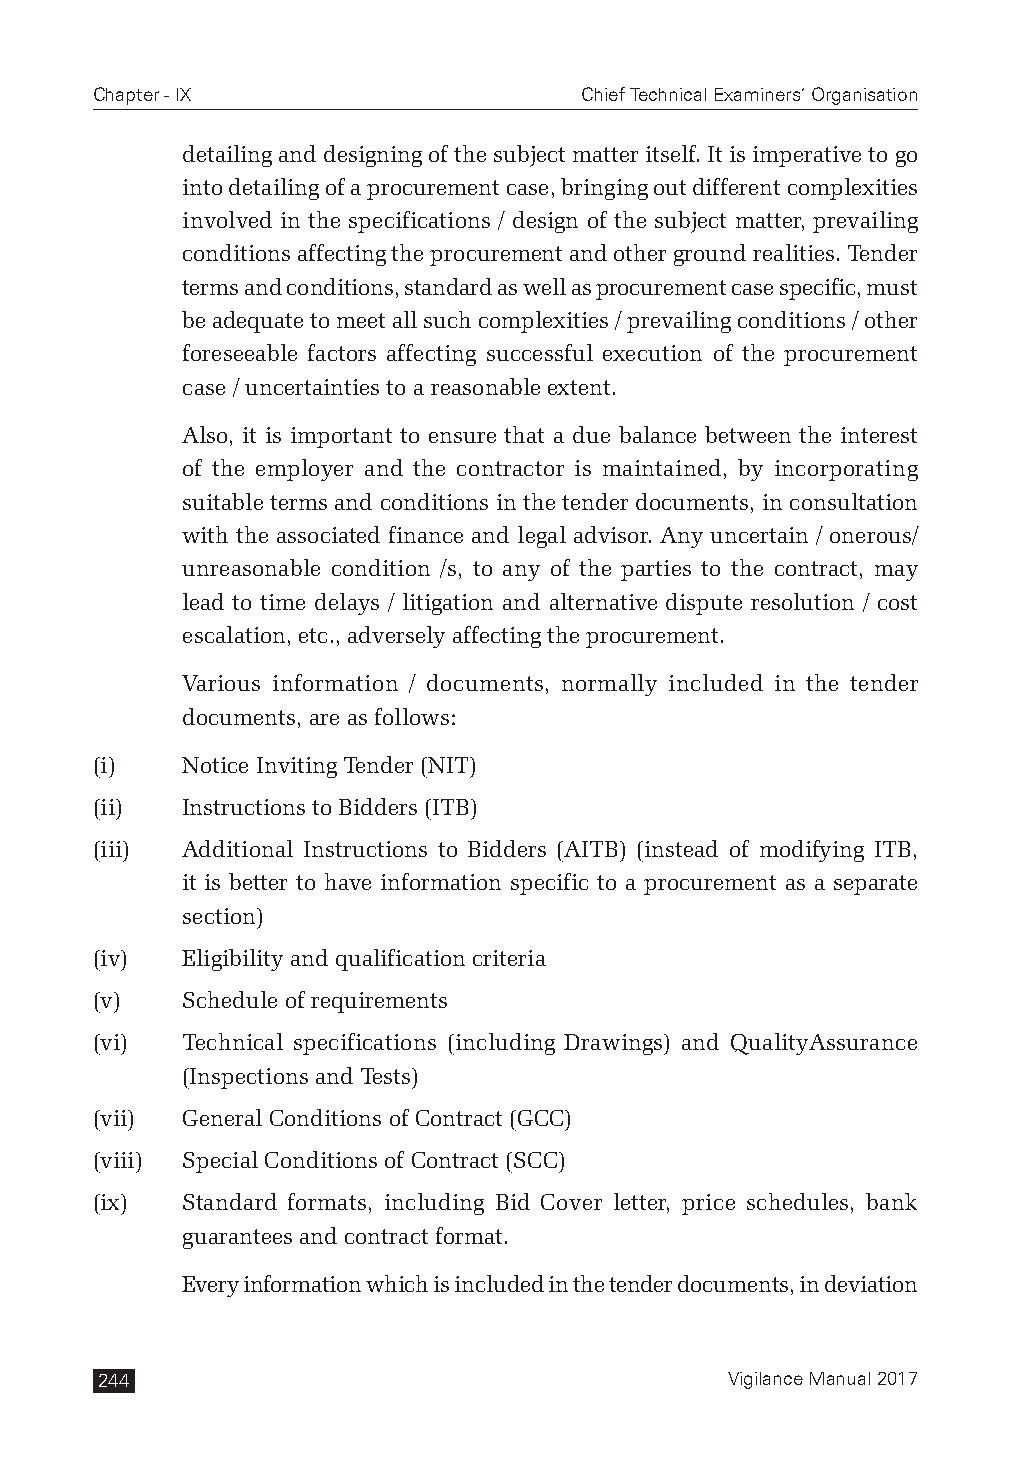
Chapter - IX                    Chief Technical Examiners’ Organisation
 detailing and designing of the subject matter itself. It is imperative to go
 into detailing of a procurement case, bringing out different complexities
 involved in the specifications / design of the subject matter, prevailing
 conditions affecting the procurement and other ground realities. Tender
 terms and conditions, standard as well as procurement case specific, must
 be adequate to meet all such complexities / prevailing conditions / other
 foreseeable factors affecting successful execution of the procurement
 case / uncertainties to a reasonable extent.
 Also, it is important to ensure that a due balance between the interest
 of the employer and the contractor is maintained, by incorporating
 suitable terms and conditions in the tender documents, in consultation
 with the associated finance and legal advisor. Any uncertain / onerous/
 unreasonable condition /s, to any of the parties to the contract, may
 lead to time delays / litigation and alternative dispute resolution / cost
 escalation, etc., adversely affecting the procurement.
 Various information / documents, normally included in the tender
 documents, are as follows:
 (i)   Notice Inviting Tender (NIT)
 (ii)  Instructions to Bidders (ITB)
 (iii) Additional Instructions to Bidders (AITB) (instead of modifying ITB,
 it is better to have information specific to a procurement as a separate
 section)
 (iv)  Eligibility and qualification criteria
 (v)   Schedule of requirements
 (vi)  Technical specifications (including Drawings) and QualityAssurance
 (Inspections and Tests)
 (vii) General Conditions of Contract (GCC)
 (viii) Special Conditions of Contract (SCC)
 (ix)  Standard formats, including Bid Cover letter, price schedules, bank
 guarantees and contract format.
 Every information which is included in the tender documents, in deviation
 244                                       Vigilance Manual 2017